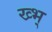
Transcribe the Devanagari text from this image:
ख्भ्